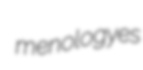
menologyes